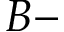
B -